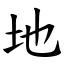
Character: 地